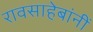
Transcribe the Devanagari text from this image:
रावसाहेबांनीं